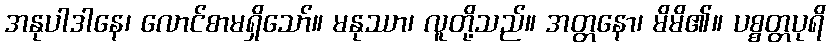
အနုပါဒါနေ၊ လောင်စာမရှိသော်။ မနုဿာ၊ လူတို့သည်။ အတ္တနော၊ မိမိ၏။ ပစ္စတ္တပုရိ